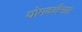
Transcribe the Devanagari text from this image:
योगदर्शनात